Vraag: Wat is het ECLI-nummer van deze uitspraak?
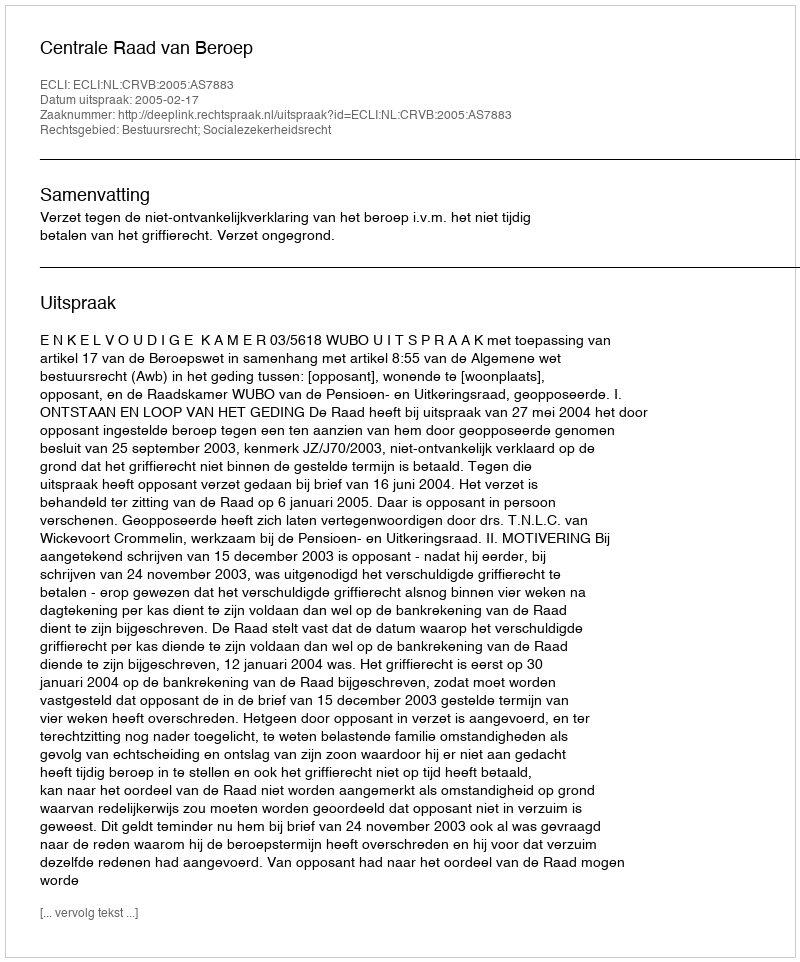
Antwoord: ECLI:NL:CRVB:2005:AS7883